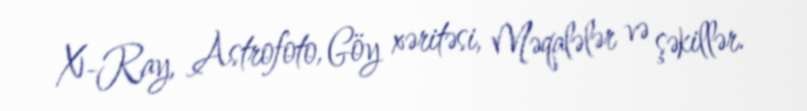
X-Ray, Astrofoto, Göy xəritəsi, Məqalələr və şəkillər.